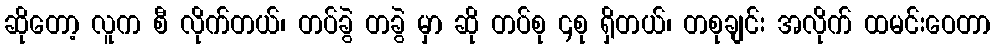
ဆိုတော့ လူက စီ လိုက်တယ်၊ တပ်ခွဲ တခွဲ မှာ ဆို တပ်စု ၄စု ရှိတယ်၊ တစုချင်း အလိုက် ထမင်းဝေတာ